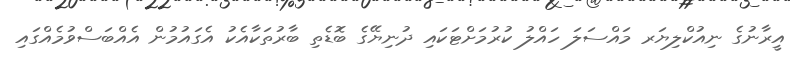
އީރާނުގެ ނިއުކްލިޔަރ މައްސަލަ ހައްލު ކުރުމަށްޓަކައި ދުނިޔޭގެ ބޮޑެތި ބާރުތަކާއެކު އެގައުމުން އެއްބަސްވުމެއްގައި